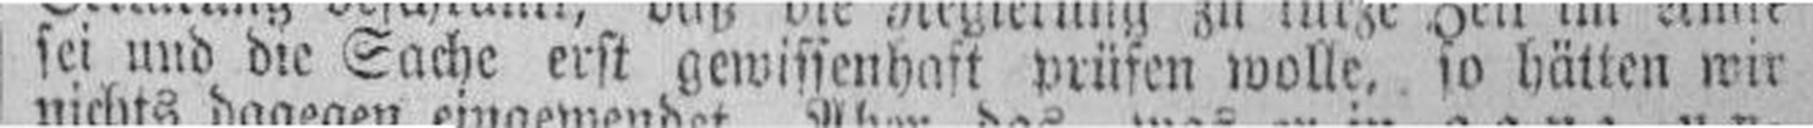
sei und die Sache erst gewissenhaft prüfen wolle, so hätten wir